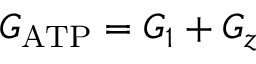
G _ { \mathrm { A T P } } = G _ { 1 } + G _ { z }